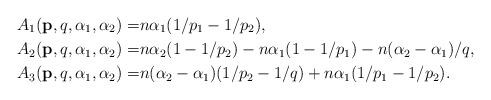
LaTeX: \begin{align*} A_1(\mathbf{p},q,\alpha_1,\alpha_2)=& n\alpha_1(1/p_1-1/p_2), \\ A_2(\mathbf{p},q,\alpha_1,\alpha_2)=& n\alpha_{2}(1-1/p_{2})-n\alpha _{1}(1-1/p_{1})-n(\alpha _{2}-\alpha _{1})/q, \\ A_3(\mathbf{p},q,\alpha_1,\alpha_2)=& n(\alpha_2-\alpha_1)(1/p_2-1/q)+n\alpha_1(1/p_1-1/p_2). \end{align*}